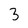
Character: 3